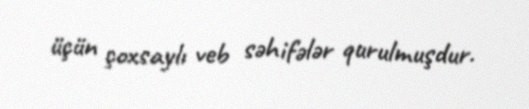
üçün çoxsaylı veb səhifələr qurulmuşdur.